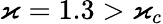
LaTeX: \varkappa=1.3>\varkappa_{c}